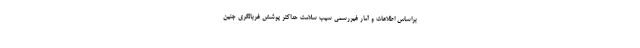
براساس اطلاعات و آمار غیررسمی سیب سلامت حداکثر پوشش غربالگری جنین